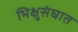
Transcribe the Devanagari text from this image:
भिक्षुसंघात